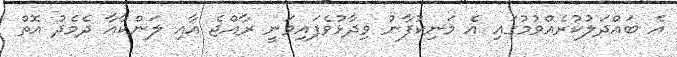
އެ ބައްދަލުކުރެއްވުމުގައި އެ މަނިކުފާނު ވިދާޅުވެފައިވަނީ ރާއްޖެ އާއި ލަންކާއާ ދެމެދު އޮތް